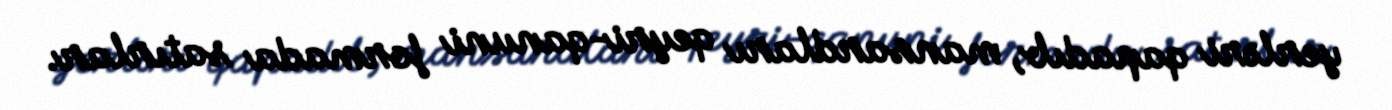
yerləri qapadıb, mansardları qeyri-qanuni formada satırlar.